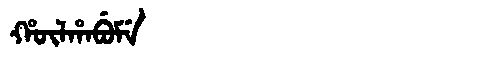
Manchu: ᡥᡡᠯᡥᠠᠪᡠᠮᡝ
Romanization: HŪLHABUME